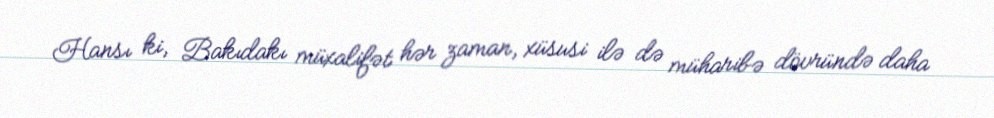
Hansı ki, Bakıdakı müxalifət hər zaman, xüsusi ilə də müharibə dövründə daha